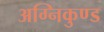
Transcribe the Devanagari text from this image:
अग्निकुण्ड